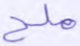
ملح